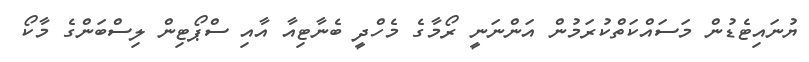
ޔުނައިޓެޑުން މަސައްކަތްކުރަމުން އަންނަނީ ރޯމާގެ މެހްދީ ބެނާޓިއާ އާއި ސްޕޯޓިން ލިސްބަންގެ މާކޯ